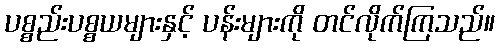
ပစ္စည်းပစ္စယများနှင့် ပန်းများကို တင်လိုက်ကြသည်။